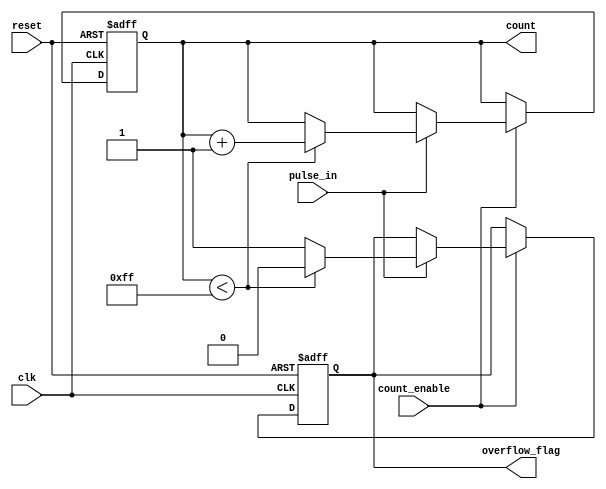
module pulse_counter (
    input wire clk,              // Clock input
    input wire reset,            // Asynchronous reset input
    input wire pulse_in,         // Pulse input signal
    input wire count_enable,     // Count enable signal
    output reg [7:0] count,      // 8-bit count output
    output reg overflow_flag      // Overflow flag output
);

    // Parameters
    parameter MAX_COUNT = 8'hFF; // Maximum count value for 8-bit counter

    // Process to handle counting
    always @(posedge clk or posedge reset) begin
        if (reset) begin
            count <= 8'b0;         // Reset count to zero
            overflow_flag <= 1'b0; // Clear overflow flag
        end else if (count_enable) begin
            if (pulse_in) begin
                if (count < MAX_COUNT) begin
                    count <= count + 1; // Increment count
                    overflow_flag <= 1'b0; // Clear overflow flag
                end else begin
                    overflow_flag <= 1'b1; // Set overflow flag
                end
            end
        end
    end

endmodule